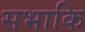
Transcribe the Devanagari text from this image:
सभाकि